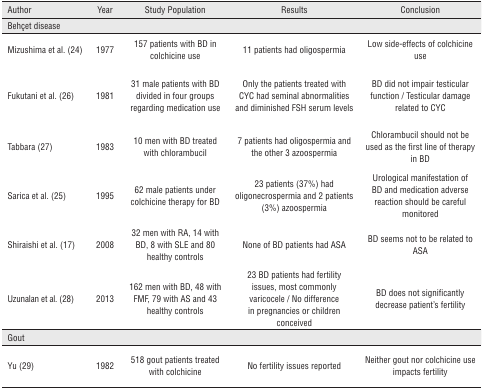
<table><thead><tr><td><b>Author</b></td><td><b>Year</b></td><td><b>Study Population</b></td><td><b>Results</b></td><td><b>Conclusion</b></td></tr></thead><tbody><tr><td colspan="3">Behçet disease</td><td></td><td></td></tr><tr><td>Mizushima et al. (24)</td><td>1977</td><td>157 patients with BD in colchicine use</td><td>11 patients had oligospermia</td><td>Low side-effects of colchicine use</td></tr><tr><td>Fukutani et al. (26)</td><td>1981</td><td>31 male patients with BD divided in four groups regarding medication use</td><td>Only the patients treated with CYC had seminal abnormalities and diminished FSH serum levels</td><td>BD did not impair testicular function / Testicular damage related to CYC</td></tr><tr><td>Tabbara (27)</td><td>1983</td><td>10 men with BD treated with chlorambucil</td><td>7 patients had oligospermia and the other 3 azoospermia</td><td>Chlorambucil should not be used as the first line of therapy in BD</td></tr><tr><td>Sarica et al. (25)</td><td>1995</td><td>62 male patients under colchicine therapy for BD</td><td>23 patients (37%) had oligonecrospermia and 2 patients (3%) azoospermia</td><td>Urological manifestation of BD and medication adverse reaction should be careful monitored</td></tr><tr><td>Shiraishi et al. (17)</td><td>2008</td><td>32 men with RA, 14 with BD, 8 with SLE and 80 healthy controls</td><td>None of BD patients had ASA</td><td>BD seems not to be related to ASA</td></tr><tr><td>Uzunalan et al. (28)</td><td>2013</td><td>162 men with BD, 48 with FMF, 79 with AS and 43 healthy controls</td><td>23 BD patients had fertility issues, most commonly varicocele / No difference in pregnancies or children conceived</td><td>BD does not significantly decrease patient’s fertility</td></tr><tr><td colspan="4">Gout</td><td></td></tr><tr><td>Yu (29)</td><td>1982</td><td>518 gout patients treated with colchicine</td><td>No fertility issues reported</td><td>Neither gout nor colchicine use impacts fertility</td></tr></tbody></table>